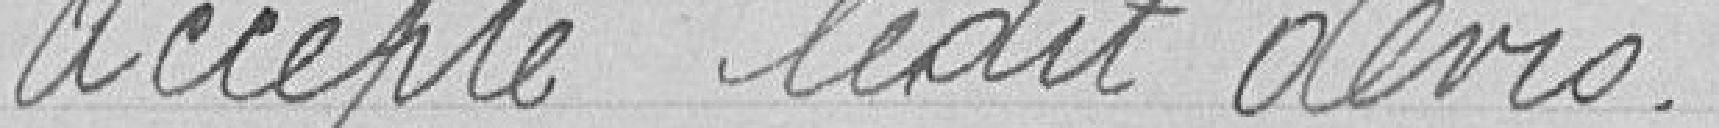
accepte ledit devis.